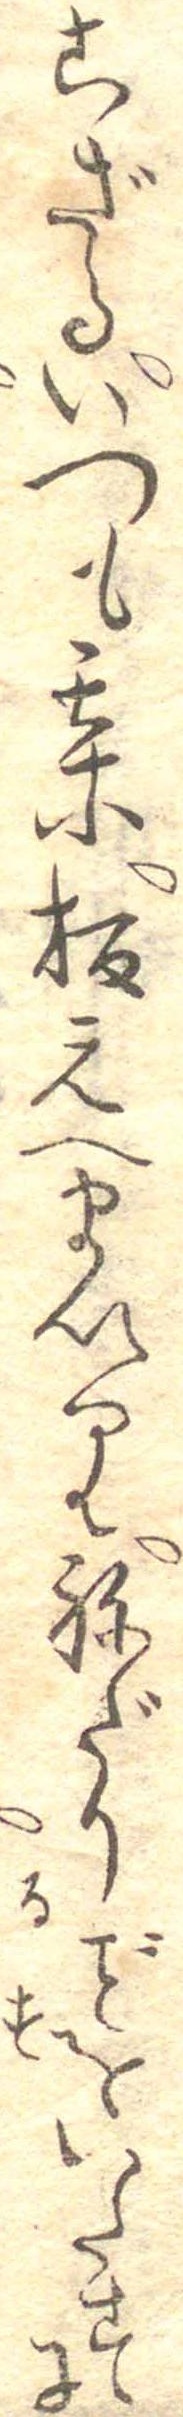
こざるいつも某板元へまいりねだりをいたすに